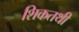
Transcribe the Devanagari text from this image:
शिकतथी